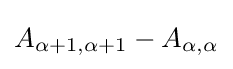
A_{\alpha +1,\alpha +1}-A_{\alpha ,\alpha }